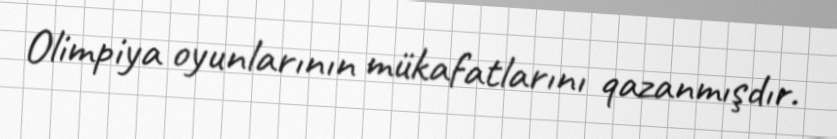
Olimpiya oyunlarının mükafatlarını qazanmışdır.